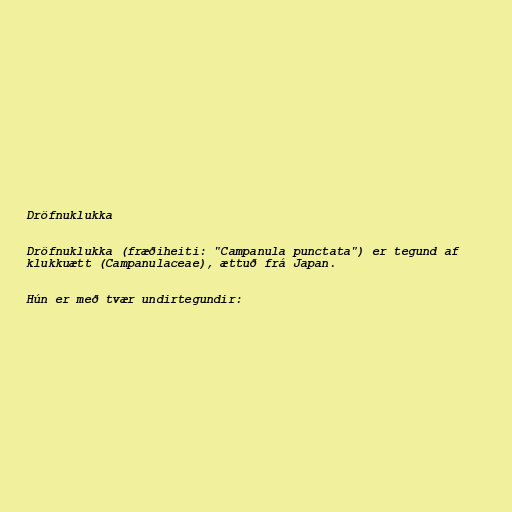
Dröfnuklukka

Dröfnuklukka (fræðiheiti: "Campanula punctata") er tegund af
klukkuætt (Campanulaceae), ættuð frá Japan.

Hún er með tvær undirtegundir: